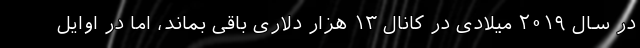
در سال ۲۰۱۹ میلادی در کانال ۱۳ هزار دلاری باقی بماند، اما در اوایل